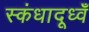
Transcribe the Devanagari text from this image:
स्कंधादूध्वँ